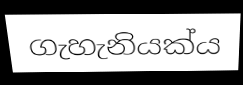
ගැහැනියක්ය